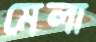
মেলা